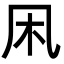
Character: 凩